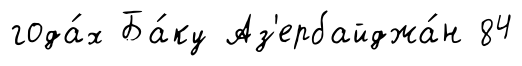
года́х Ба́ку Аз'ербайджа́н 84